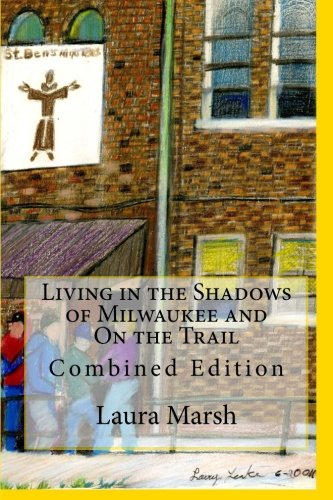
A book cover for Living in the Shadows of Milwaukee and On the Trail: Combined Edition; Laura Marsh; Politics & Social Sciences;